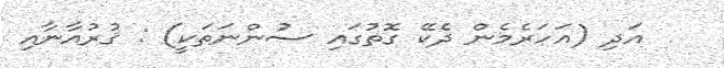
އަދި (އަހަރެމެން ދެކޭ ގޮތުގައި ސުންނަތަކީ) : ޤުރުއާނާއި